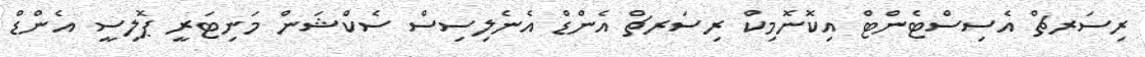
ރިސަރޗް އެސިސްޓެންޓް އިކޮނޮމިކް ރިސަރޗް އެންޑް އެނެލިސިސް ސެކްޝަން މަނިޓަރީ ޕޮލިސީ އެންޑް